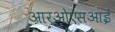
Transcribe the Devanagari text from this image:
आरओएसआई